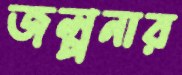
জল্পনার